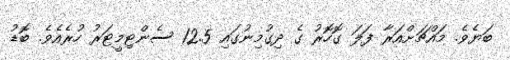
ބަޔެވެ. މައްޗަށްއަރާ ފަލަ ގޮހޮރު ގެ ދިގުމިނުގައި 12.5 ސެންޓިމީޓަރު ހުރެއެވެ. ބޮޑު